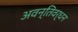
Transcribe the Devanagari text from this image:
अवन्तिवर्धन